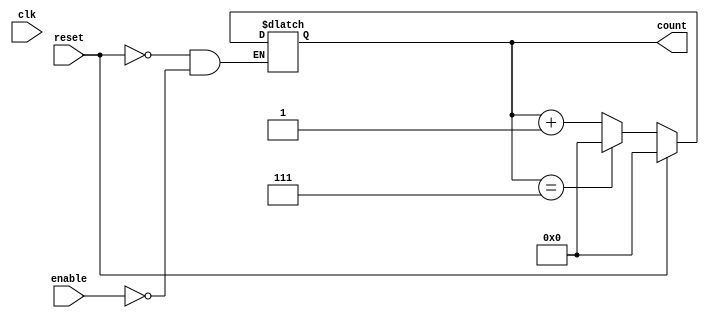
module dynamic_asynchronous_counter #(
    parameter N = 8  // Define maximum count value (N), adjust as needed.
)(
    input wire clk,      // Clock input (not used for counting, but may be required for other logic)
    input wire reset,    // Asynchronous reset input
    input wire enable,   // Enable input for counting
    output reg [N-1:0] count  // Output count value
);

    // Maximum count value (N) is 2^M where M is the number of bits
    localparam M = $clog2(N);  // Number of bits required to represent N

    always @(*) begin
        if (reset) begin
            count <= 0;  // Reset the count to 0
        end else if (enable) begin
            count <= count + 1;  // Increment count
            // Wrap around if count reaches N
            if (count == (N - 1)) begin
                count <= 0;  // Wrap around to 0
            end
        end
    end

endmodule